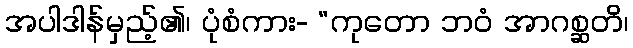
အပါဒါန်မှည့်၏၊ ပုံစံကား- “ကုတော ဘဝံ အာဂစ္ဆတိ၊